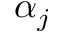
\alpha _ { j }